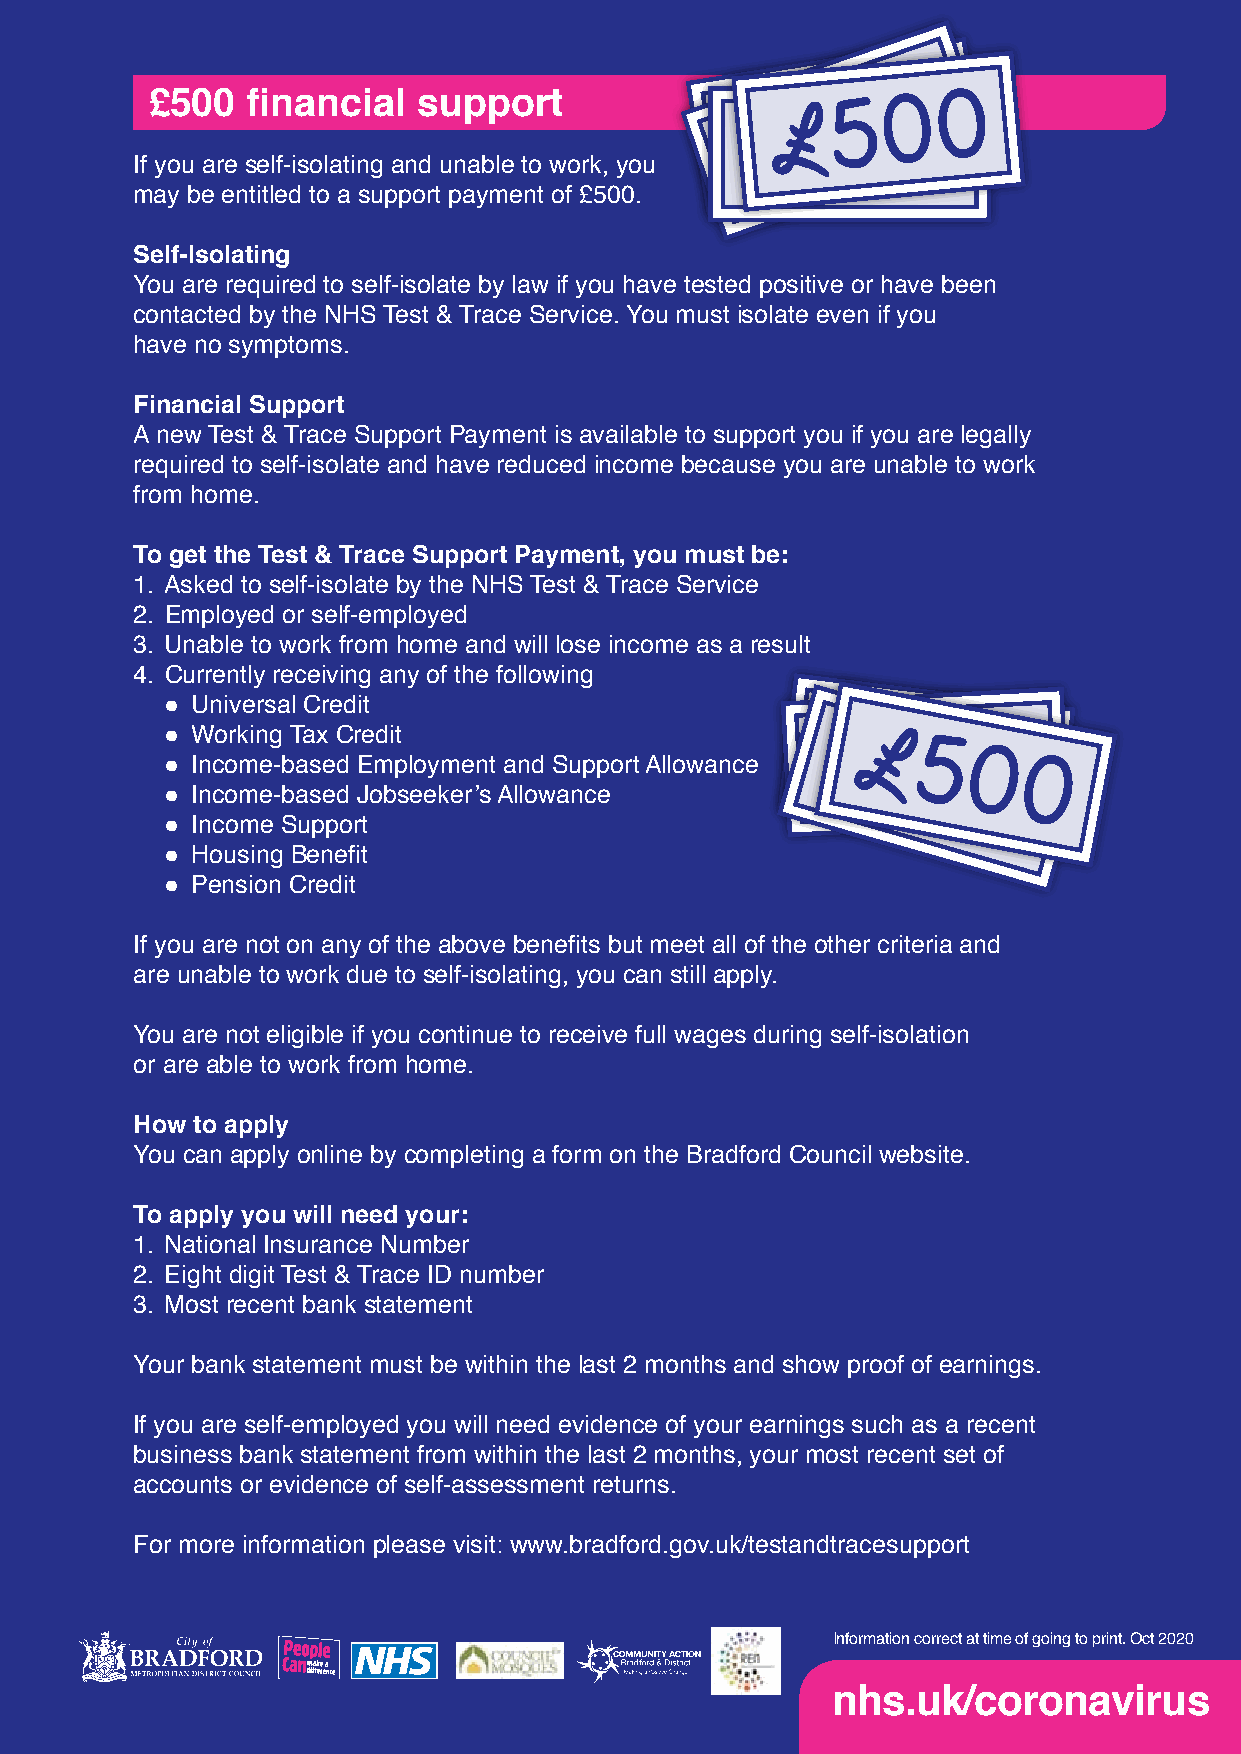
0
 £500  financial   support              ££55
 500 00
 0
 £
 £500
 If you are self-isolating and unable to work, you
 may be entitled to a support payment of £500.
 Self-Isolating
 You are required to self-isolate by law if you have tested positive or have been
 contacted by the NHS Test & Trace Service. You must isolate even if you
 have no symptoms.
 Financial Support
 A new Test & Trace Support Payment is available to support you if you are legally
 required to self-isolate and have reduced income because you are unable to work
 from home.
 To get the Test & Trace Support Payment, you must be:
 1. Asked to self-isolate by the NHS Test & Trace Service
 2. Employed or self-employed
 3. Unable to work from home and will lose income as a result
 4. Currently receiving any of the following
 ● Universal Credit
 ● Working Tax Credit                       £ £££55 500 00
 ● Income-based Employment and Support Allowance 5    0  0
 0
 ● Income-based Jobseeker’s Allowance                  0
 ● Income Support
 ● Housing Benefit
 ● Pension Credit
 If you are not on any of the above benefits but meet all of the other criteria and
 are unable to work due to self-isolating, you can still apply.
 You are not eligible if you continue to receive full wages during self-isolation
 or are able to work from home.
 How to apply
 You can apply online by completing a form on the Bradford Council website.
 To apply you will need your:
 1. National Insurance Number
 2. Eight digit Test & Trace ID number
 3. Most recent bank statement
 Your bank statement must be within the last 2 months and show proof of earnings.
 If you are self-employed you will need evidence of your earnings such as a recent
 business bank statement from within the last 2 months, your most recent set of
 accounts or evidence of self-assessment returns.
 For more information please visit: www.bradford.gov.uk/testandtracesupport
 Information correct at time of going to print. Oct 2020
 nhs.uk/coronavirus